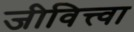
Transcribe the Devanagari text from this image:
जीवित्त्वा